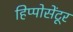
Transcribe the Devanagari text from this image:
हिप्पोसेंटूर